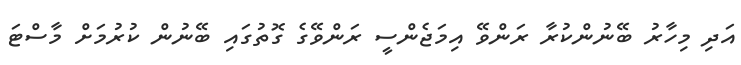
އަދި މިހާރު ބޭނުންކުރާ ރަންވޭ އިމަޖެންސީ ރަންވޭގެ ގޮތުގައި ބޭނުން ކުރުމަށް މާސްޓަ